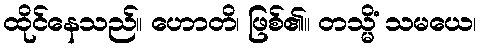
ထိုင်နေသည်။ ဟောတိ၊ ဖြစ်၏။ တသ္မိံ သမယေ၊